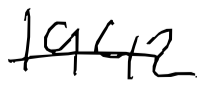
Text: 1942
Cross-out: single-line
Writing tool: digital_black